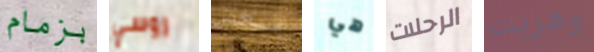
بزمام روسي بعض هي الرحلات وهربت